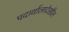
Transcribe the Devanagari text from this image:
पदार्थालादेखील